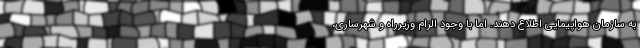
به سازمان هواپیمایی اطلاع دهند. اما با وجود الزام وزیرراه و شهرسازی،